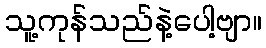
သူ့ကုန်သည်နဲ့ပေါ့ဗျာ။